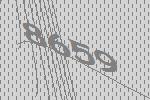
8659